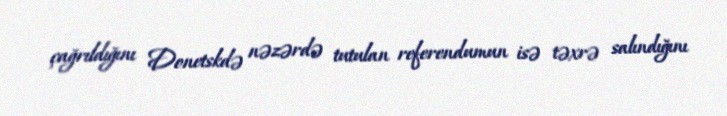
çağrıldığını Donetskdə nəzərdə tutulan referendumun isə təxrə salındığını